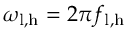
\omega _ { \mathrm { l , h } } = 2 \pi f _ { \mathrm { l , h } }